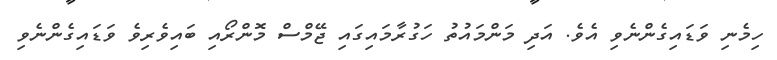
ހިމެނި ވަޑައިގެންނެވި އެވެ. އަދި މަންމައުތު ހަގުރާމައިގައި ޖޭމްސް މޮންރޯއި ބައިވެރިވެ ވަޑައިގެންނެވި